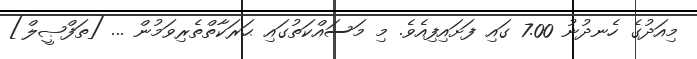
މިއަދުގެ ހެނދުނު 7.00 ގައި ފަށައިފިއެވެ. މި މަސައްކަތުގައި ޙަރަކާތްތެރިވަމުން ... [ތަފްޞީލް]